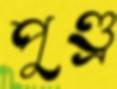
পুণ্ড্র